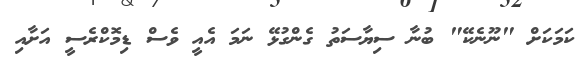
ކަމަކަށް "ނޫނެކޭ" ބުނާ ސިޔާސަތު ގެންގުޅޭ ނަމަ އެއީ ވެސް ޑިމޮކްރެސީ އަށާއި